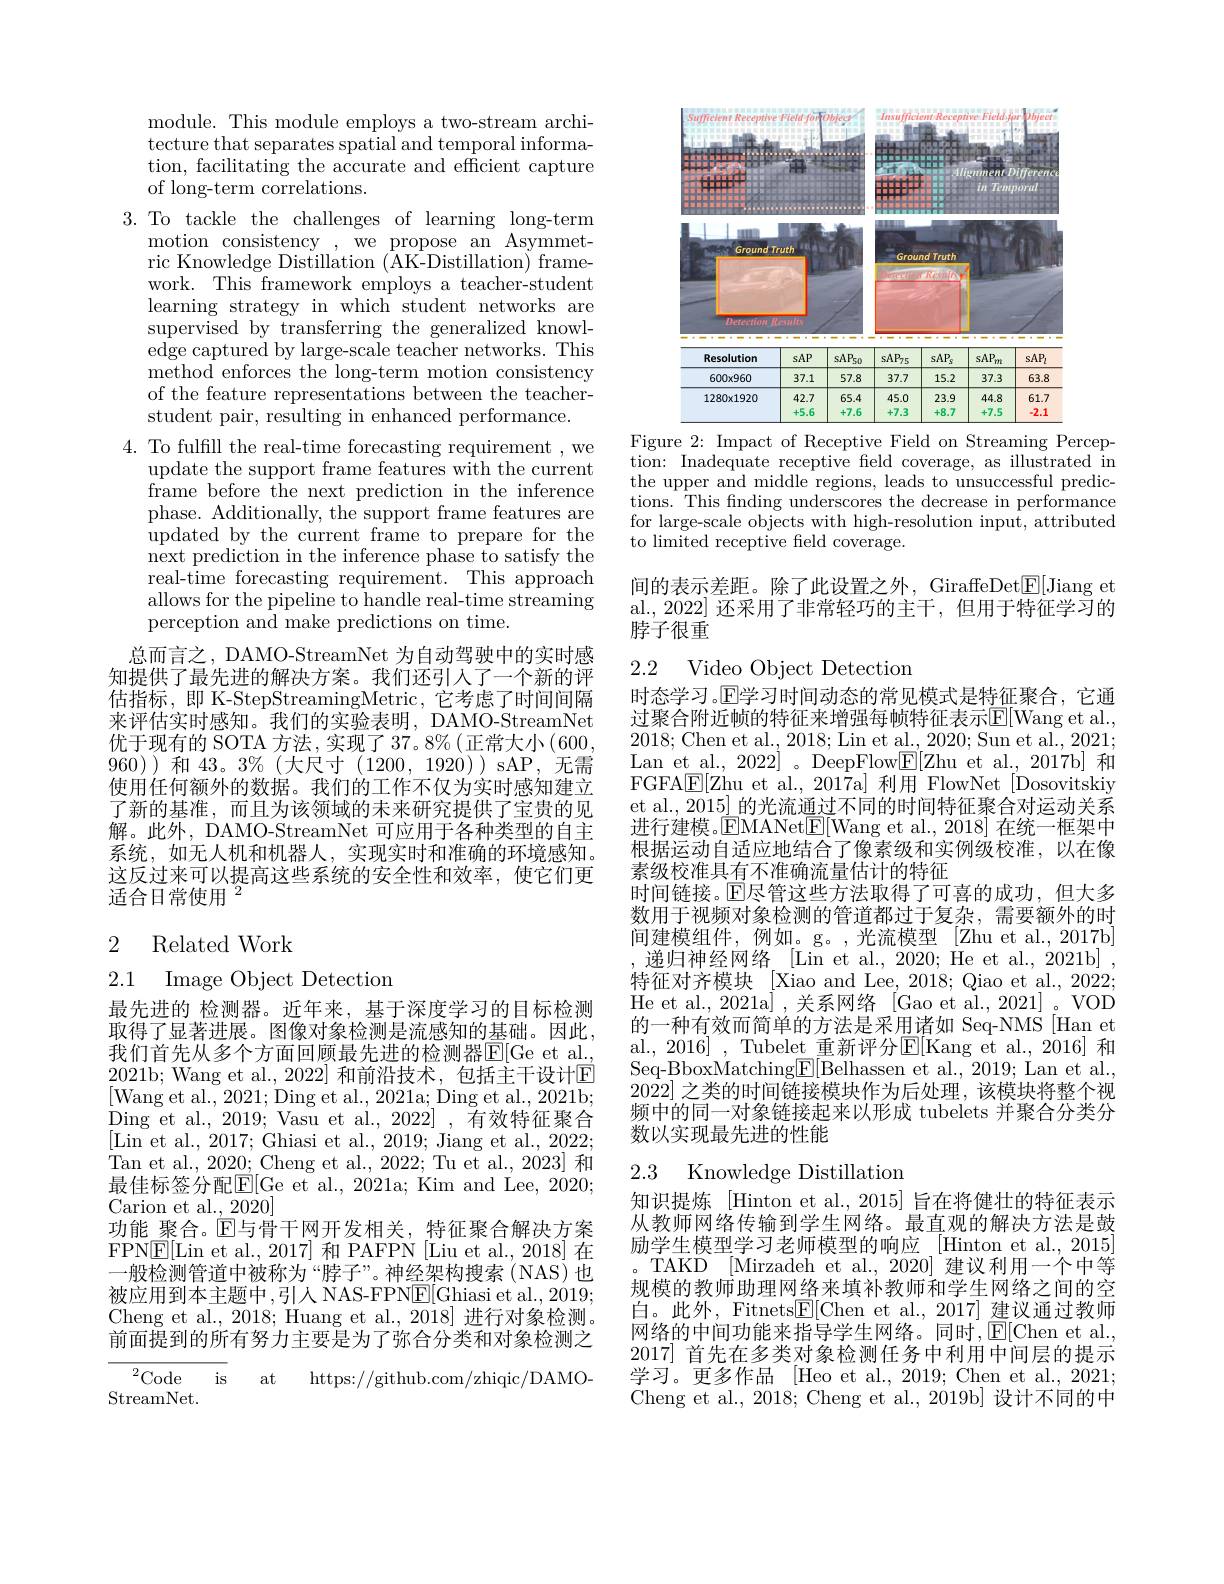
module. This module employs a two-stream architecture that separates spatial and temporal information, facilitating the accurate and efficient capture of long-term correlations.
3. To tackle the challenges of learning long-term
motion consistency , we propose an Asymmetric Knowledge Distillation (AK-Distillation) framework. This framework employs a teacher-student learning strategy in which student networks are supervised by transferring the generalized knowledge captured by large-scale teacher networks. This method enforces the long-term motion consistency of the feature representations between the teacherstudent pair, resulting in enhanced performance.
4. To fulfill the real-time forecasting requirement , we
update the support frame features with the current frame before the next prediction in the inference phase. Additionally, the support frame features are updated by the current frame to prepare for the ${\tilde{\text{next prediction in the inference phase to satisfy the}}}$ real-time forecasting requirement. This approach allows for the pipeline to handle real-time streaming perception and make predictions on time.
总而言之，DAMO-StreamNet 为自动驾驶中的实时感知提供了最先进的解决方案。我们还引人了一个新的评估指标，即 K-StepStreamingMetric, 它考虑了时间间隔来评估实时感知。我们的实验表明，DAMO-StreamNet 优于现有的 SOTA 方法，实现了 37。8%(正常大小(600, 960) )和43。$3\%$ (大尺寸(1200,1920) sAP,无需使用任何额外的数据。我们的工作不仅为实时感知建立了新的基准，而且为该领域的未来研究提供了宝贵的见解。此外，DAMO-StreamNet 可应用于各种类型的自主系统，如无人机和机器人，实现实时和准确的环境感知。这反过来可以提高这些系统的安全性和效率，使它们更$\bar{\text{适合日常使用 }^2}$

## 2 Related Work

2.1 Image Object Detection

最先进的 检测器。近年来，基于深度学习的目标检测取得了显著进展。图像对象检测是流感知的基础。因此， 我们首先从多个方面回顾最先进的检测器E[ Ge et al. , 2021b; Wang et al., 2022] 和前沿技术，包括主干设计$\mathbb{E}$ [Wang et al., 2021; Ding et al., 2021a; Ding et al., 2021b; Ding et al., 2019; Vasu et al., 2022] , 有效特征聚合[Lin et al., 2017; Ghiasi et al., 2019; Jiang et al., 2022; Tan et al., 2020; Cheng et al., 2022; Tu et al., 2023] 和最佳标签分配$\overline{\mathrm{E}[\mathrm{Ge~et~al.,~2021a;~Kim~and~Lee,~2020;}}$ Carion et al., 2020]
功能 聚合。$\mathbb{E}$与骨干网开发相关，特征聚合解决方案FPN$\underline{\mathrm{E}}[$Lin et al., 2017] 和 PAFPN [Liu et al., 2018] 在一般检测管道中被称为“脖子”。神经架构搜索(NAS)也被应用到本主题中，引人 NAS-FPN$\underline{\mathrm{E}}[$Ghiasi et al.,2019; Cheng et al., 2018; Huang et al., 2018] 进行对象检测。前面提到的所有努力主要是为了弥合分类和对象检测之

${}^{2}{\mathrm{Code}}$

https://github.com/zhiqic/DAMO-

is

at

StreamNet.

<FigureHere>

Figure 2: Impact of Receptive Field on Streaming Percep-

tion: Inadequate receptive feld coverage, as illustrated in the upper and middle regions, leads to unsuccessful predictions. This fnding underscores the decrease in performance for large-scale objects with high-resolution input, attributed to limited receptive feld coverage.

间的表示差距。除了此设置之外，GiraffeDet$\boxed{\mathrm{F}}[$Jiang et al., 2022] 还采用了非常轻巧的主干，但用于特征学习的脖子很重

# 2.2 Video Object Detection

时态学习。$\mathbb{E}$学习时间动态的常见模式是特征聚合，它通过聚合附近帧的特征来增强每帧特征表示E[Wang et al. 2018;Chen et al.,2018;Lin et al.,2020;Sun et al.,2021; Lan et al., 2022] 。DeepFlow$\underline{\mathrm{E}}[$Zhu et al., 2017b] 和FGFA$\boxed{\mathrm{E}}[$Zhu et al., 2017a] 利用 FlowNet[Dosovitskiy et al., 2015] 的光流通过不同的时间特征聚合对运动关系进行建模。$\operatorname{EMANet}\underline{\mathrm{E}}[$Wang et al.,2018] 在统一框架中根据运动自适应地结合了像素级和实例级校准，以在像素级校准具有不准确流量估计的特征
时间链接。$\operatorname{E}$尽管这些方法取得了可喜的成功，但大多数用于视频对象检测的管道都过于复杂，需要额外的时间建模组件，例如。g。,光流模型[Zhuetal.,2017b] 递归神经网络 [Lin et al., 2020; He et al., 2021b] , 特征对齐模块 [Xiao and Lee, 2018; Qiao et al., 2022; He et al., 2021a] , 关系网络 [Gao et al., 2021] 。VOD 的一种有效而简单的方法是采用诸如 Seq-NMS [Han et al., 2016] , Tubelet 重新评分$\mathbb{E}[$Kang et al., 2016] 和Seq-BboxMatching$\boxed{\mathrm{F}}[$Belhassen et al., 2019; Lan et al., 2022]之类的时间链接模块作为后处理，该模块将整个视频中的同一对象链接起来以形成 tubelets 并聚合分类分数以实现最先进的性能

### 2.3 Knowledge Distillation

知识提炼 [Hinton et al., 2015] 旨在将健壮的特征表示从教师网络传输到学生网络。最直观的解决方法是鼓励学生模型学习老师模型的响应[Hinton et al., 2015] 。TAKD [Mirzadeh et al., 2020] 建议利用一个中等规模的教师助理网络来填补教师和学生网络之间的空白。此外，Fitnets$\underline{\mathrm{E}}[$Chen et al.,2017] 建议通过教师网络的中间功能来指导学生网络。同时$,\mathbb{E}[$Chen et al., 2017] 首先在多类对象检测任务中利用中间层的提示学习。更多作品 [Heo et al., 2019; Chen et al., 2021; Cheng et al., 2018; Cheng et al., 2019b] 设计不同的中